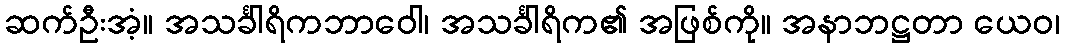
ဆက်ဦးအံ့။ အသင်္ခါရိကဘာဝေါ၊ အသင်္ခါရိက၏ အဖြစ်ကို။ အနာဘဋ္ဌတာ ယေဝ၊